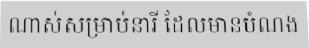
ណាស់សម្រាប់នារី ដែលមានបំណង